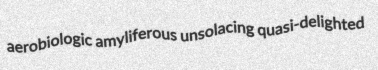
aerobiologic amyliferous unsolacing quasi-delighted